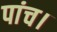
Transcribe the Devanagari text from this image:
पांच।